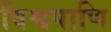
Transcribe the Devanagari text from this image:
विश्वपाणि